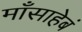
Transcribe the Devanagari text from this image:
माँसाहेबं